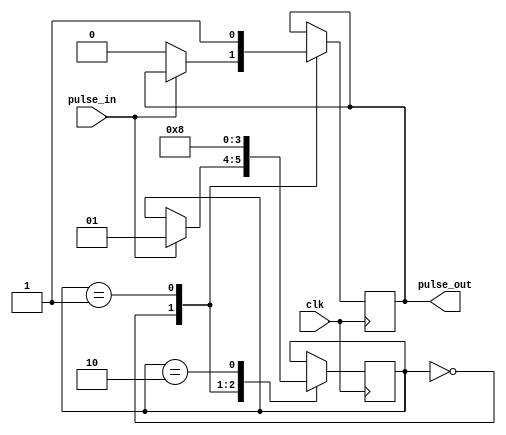
module Pulse_synchronizer (
    input wire clk,
    input wire pulse_in,
    output reg pulse_out
);

reg [1:0] state;

// State machine to capture and align incoming pulses
always @(posedge clk) begin
    case (state)
        2'b00: begin // Initial state, waiting for pulse
            if (pulse_in) begin
                state <= 2'b01;
            end else begin
                pulse_out <= 1'b0;
            end
        end
        2'b01: begin // Pulse detected, aligning with clock edge
            pulse_out <= 1'b1;
            state <= 2'b10;
        end
        2'b10: begin // Pulse aligned, ready for next pulse
            state <= 2'b00;
        end
    endcase
end

endmodule